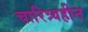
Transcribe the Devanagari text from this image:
चारित्र्यहीन